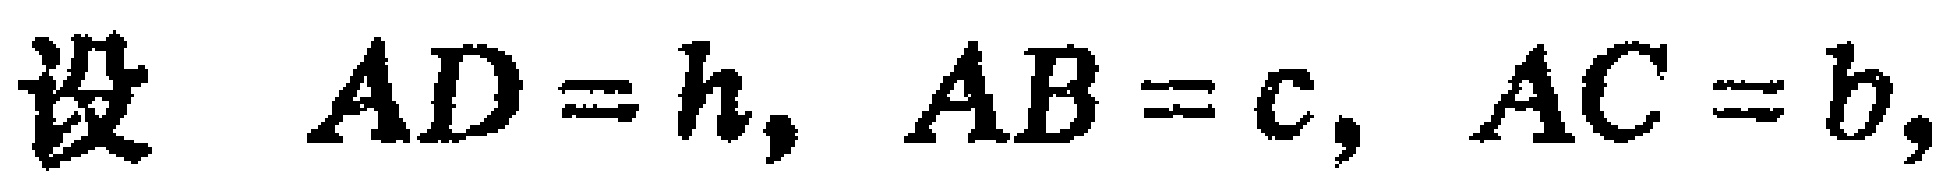
设 \(AD = h, AB = c, AC = b,\)